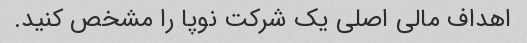
اهداف مالی اصلی یک شرکت نوپا را مشخص کنید.